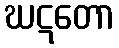
ဃဋတော